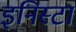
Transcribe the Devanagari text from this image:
इनिस्टा